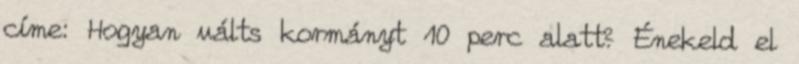
címe: Hogyan válts kormányt 10 perc alatt? Énekeld el